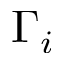
\Gamma _ { i }